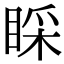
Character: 睬